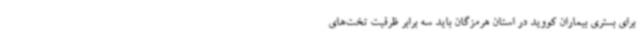
برای بستری بیماران کووید در استان هرمزگان باید سه برابر ظرفیت تخت‌های